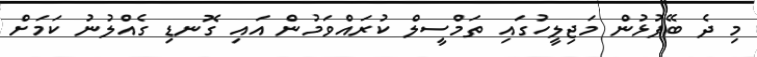
މި ދެ ބޭފުޅުން މަޖިލީހުގައި ތަމްސީލް ކުރައްވަމުން އައި ގޮނޑި ގެއްލުނު ކަމަށް